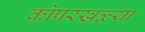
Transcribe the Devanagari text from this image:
कोपरखळ्या